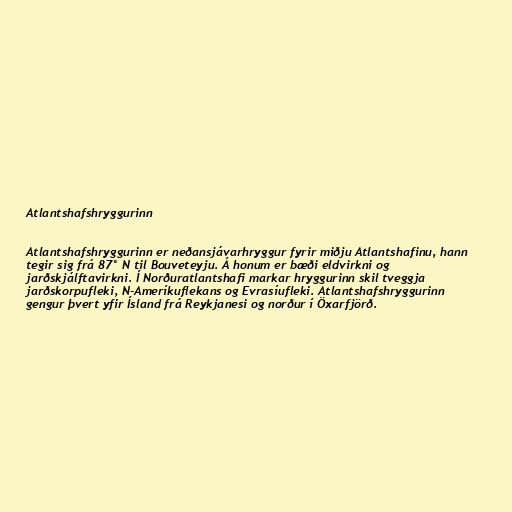
Atlantshafshryggurinn

Atlantshafshryggurinn er neðansjávarhryggur fyrir miðju Atlantshafinu, hann
tegir sig frá 87° N til Bouveteyju. Á honum er bæði eldvirkni og
jarðskjálftavirkni. Í Norðuratlantshafi markar hryggurinn skil tveggja
jarðskorpufleki, N-Ameríkuflekans og Evrasíufleki. Atlantshafshryggurinn
gengur þvert yfir Ísland frá Reykjanesi og norður í Öxarfjörð.